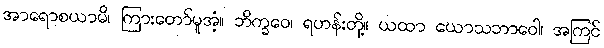
အာရောစယာမိ၊ ကြားတော်မူအံ့။ ဘိက္ခဝေ၊ ရဟန်းတို့။ ယထာ ယောသဘာဝေါ၊ အကြင်